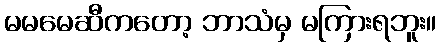
မမမေဆီကတော့ ဘာသံမှ မကြားရဘူး။